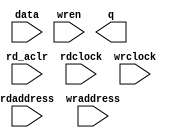
// megafunction wizard: %RAM: 2-PORT%VBB%
// GENERATION: STANDARD
// VERSION: WM1.0
// MODULE: altsyncram 

// ============================================================
// Megafunction Name(s):
// 			altsyncram
//
// Simulation Library Files(s):
// 			altera_mf
// ============================================================
// ************************************************************
// THIS IS A WIZARD-GENERATED FILE. DO NOT EDIT THIS FILE!
//
// 18.1.0 Build 625 09/12/2018 SJ Lite Edition
// ************************************************************

//Copyright (C) 2018  Intel Corporation. All rights reserved.
//Your use of Intel Corporation's design tools, logic functions 
//and other software and tools, and its AMPP partner logic 
//functions, and any output files from any of the foregoing 
//(including device programming or simulation files), and any 
//associated documentation or information are expressly subject 
//to the terms and conditions of the Intel Program License 
//Subscription Agreement, the Intel Quartus Prime License Agreement,
//the Intel FPGA IP License Agreement, or other applicable license
//agreement, including, without limitation, that your use is for
//the sole purpose of programming logic devices manufactured by
//Intel and sold by Intel or its authorized distributors.  Please
//refer to the applicable agreement for further details.

module ram (
	data,
	rd_aclr,
	rdaddress,
	rdclock,
	wraddress,
	wrclock,
	wren,
	q);

	input	[19:0]  data;
	input	  rd_aclr;
	input	[7:0]  rdaddress;
	input	  rdclock;
	input	[7:0]  wraddress;
	input	  wrclock;
	input	  wren;
	output	[19:0]  q;
`ifndef ALTERA_RESERVED_QIS
// synopsys translate_off
`endif
	tri0	  rd_aclr;
	tri1	  wrclock;
	tri0	  wren;
`ifndef ALTERA_RESERVED_QIS
// synopsys translate_on
`endif

endmodule

// ============================================================
// CNX file retrieval info
// ============================================================
// Retrieval info: PRIVATE: ADDRESSSTALL_A NUMERIC "0"
// Retrieval info: PRIVATE: ADDRESSSTALL_B NUMERIC "0"
// Retrieval info: PRIVATE: BYTEENA_ACLR_A NUMERIC "0"
// Retrieval info: PRIVATE: BYTEENA_ACLR_B NUMERIC "0"
// Retrieval info: PRIVATE: BYTE_ENABLE_A NUMERIC "0"
// Retrieval info: PRIVATE: BYTE_ENABLE_B NUMERIC "0"
// Retrieval info: PRIVATE: BYTE_SIZE NUMERIC "8"
// Retrieval info: PRIVATE: BlankMemory NUMERIC "1"
// Retrieval info: PRIVATE: CLOCK_ENABLE_INPUT_A NUMERIC "0"
// Retrieval info: PRIVATE: CLOCK_ENABLE_INPUT_B NUMERIC "0"
// Retrieval info: PRIVATE: CLOCK_ENABLE_OUTPUT_A NUMERIC "0"
// Retrieval info: PRIVATE: CLOCK_ENABLE_OUTPUT_B NUMERIC "0"
// Retrieval info: PRIVATE: CLRdata NUMERIC "0"
// Retrieval info: PRIVATE: CLRq NUMERIC "1"
// Retrieval info: PRIVATE: CLRrdaddress NUMERIC "1"
// Retrieval info: PRIVATE: CLRrren NUMERIC "0"
// Retrieval info: PRIVATE: CLRwraddress NUMERIC "0"
// Retrieval info: PRIVATE: CLRwren NUMERIC "0"
// Retrieval info: PRIVATE: Clock NUMERIC "1"
// Retrieval info: PRIVATE: Clock_A NUMERIC "0"
// Retrieval info: PRIVATE: Clock_B NUMERIC "0"
// Retrieval info: PRIVATE: IMPLEMENT_IN_LES NUMERIC "0"
// Retrieval info: PRIVATE: INDATA_ACLR_B NUMERIC "0"
// Retrieval info: PRIVATE: INDATA_REG_B NUMERIC "0"
// Retrieval info: PRIVATE: INIT_FILE_LAYOUT STRING "PORT_B"
// Retrieval info: PRIVATE: INIT_TO_SIM_X NUMERIC "0"
// Retrieval info: PRIVATE: INTENDED_DEVICE_FAMILY STRING "Cyclone IV E"
// Retrieval info: PRIVATE: JTAG_ENABLED NUMERIC "0"
// Retrieval info: PRIVATE: JTAG_ID STRING "NONE"
// Retrieval info: PRIVATE: MAXIMUM_DEPTH NUMERIC "0"
// Retrieval info: PRIVATE: MEMSIZE NUMERIC "5120"
// Retrieval info: PRIVATE: MEM_IN_BITS NUMERIC "0"
// Retrieval info: PRIVATE: MIFfilename STRING ""
// Retrieval info: PRIVATE: OPERATION_MODE NUMERIC "2"
// Retrieval info: PRIVATE: OUTDATA_ACLR_B NUMERIC "1"
// Retrieval info: PRIVATE: OUTDATA_REG_B NUMERIC "0"
// Retrieval info: PRIVATE: RAM_BLOCK_TYPE NUMERIC "0"
// Retrieval info: PRIVATE: READ_DURING_WRITE_MODE_MIXED_PORTS NUMERIC "2"
// Retrieval info: PRIVATE: READ_DURING_WRITE_MODE_PORT_A NUMERIC "3"
// Retrieval info: PRIVATE: READ_DURING_WRITE_MODE_PORT_B NUMERIC "3"
// Retrieval info: PRIVATE: REGdata NUMERIC "1"
// Retrieval info: PRIVATE: REGq NUMERIC "1"
// Retrieval info: PRIVATE: REGrdaddress NUMERIC "1"
// Retrieval info: PRIVATE: REGrren NUMERIC "1"
// Retrieval info: PRIVATE: REGwraddress NUMERIC "1"
// Retrieval info: PRIVATE: REGwren NUMERIC "1"
// Retrieval info: PRIVATE: SYNTH_WRAPPER_GEN_POSTFIX STRING "0"
// Retrieval info: PRIVATE: USE_DIFF_CLKEN NUMERIC "0"
// Retrieval info: PRIVATE: UseDPRAM NUMERIC "1"
// Retrieval info: PRIVATE: VarWidth NUMERIC "0"
// Retrieval info: PRIVATE: WIDTH_READ_A NUMERIC "20"
// Retrieval info: PRIVATE: WIDTH_READ_B NUMERIC "20"
// Retrieval info: PRIVATE: WIDTH_WRITE_A NUMERIC "20"
// Retrieval info: PRIVATE: WIDTH_WRITE_B NUMERIC "20"
// Retrieval info: PRIVATE: WRADDR_ACLR_B NUMERIC "0"
// Retrieval info: PRIVATE: WRADDR_REG_B NUMERIC "0"
// Retrieval info: PRIVATE: WRCTRL_ACLR_B NUMERIC "0"
// Retrieval info: PRIVATE: enable NUMERIC "0"
// Retrieval info: PRIVATE: rden NUMERIC "0"
// Retrieval info: LIBRARY: altera_mf altera_mf.altera_mf_components.all
// Retrieval info: CONSTANT: ADDRESS_ACLR_B STRING "CLEAR1"
// Retrieval info: CONSTANT: ADDRESS_REG_B STRING "CLOCK1"
// Retrieval info: CONSTANT: CLOCK_ENABLE_INPUT_A STRING "BYPASS"
// Retrieval info: CONSTANT: CLOCK_ENABLE_INPUT_B STRING "BYPASS"
// Retrieval info: CONSTANT: CLOCK_ENABLE_OUTPUT_B STRING "BYPASS"
// Retrieval info: CONSTANT: INTENDED_DEVICE_FAMILY STRING "Cyclone IV E"
// Retrieval info: CONSTANT: LPM_TYPE STRING "altsyncram"
// Retrieval info: CONSTANT: NUMWORDS_A NUMERIC "256"
// Retrieval info: CONSTANT: NUMWORDS_B NUMERIC "256"
// Retrieval info: CONSTANT: OPERATION_MODE STRING "DUAL_PORT"
// Retrieval info: CONSTANT: OUTDATA_ACLR_B STRING "CLEAR1"
// Retrieval info: CONSTANT: OUTDATA_REG_B STRING "UNREGISTERED"
// Retrieval info: CONSTANT: POWER_UP_UNINITIALIZED STRING "FALSE"
// Retrieval info: CONSTANT: WIDTHAD_A NUMERIC "8"
// Retrieval info: CONSTANT: WIDTHAD_B NUMERIC "8"
// Retrieval info: CONSTANT: WIDTH_A NUMERIC "20"
// Retrieval info: CONSTANT: WIDTH_B NUMERIC "20"
// Retrieval info: CONSTANT: WIDTH_BYTEENA_A NUMERIC "1"
// Retrieval info: USED_PORT: data 0 0 20 0 INPUT NODEFVAL "data[19..0]"
// Retrieval info: USED_PORT: q 0 0 20 0 OUTPUT NODEFVAL "q[19..0]"
// Retrieval info: USED_PORT: rd_aclr 0 0 0 0 INPUT GND "rd_aclr"
// Retrieval info: USED_PORT: rdaddress 0 0 8 0 INPUT NODEFVAL "rdaddress[7..0]"
// Retrieval info: USED_PORT: rdclock 0 0 0 0 INPUT NODEFVAL "rdclock"
// Retrieval info: USED_PORT: wraddress 0 0 8 0 INPUT NODEFVAL "wraddress[7..0]"
// Retrieval info: USED_PORT: wrclock 0 0 0 0 INPUT VCC "wrclock"
// Retrieval info: USED_PORT: wren 0 0 0 0 INPUT GND "wren"
// Retrieval info: CONNECT: @aclr1 0 0 0 0 rd_aclr 0 0 0 0
// Retrieval info: CONNECT: @address_a 0 0 8 0 wraddress 0 0 8 0
// Retrieval info: CONNECT: @address_b 0 0 8 0 rdaddress 0 0 8 0
// Retrieval info: CONNECT: @clock0 0 0 0 0 wrclock 0 0 0 0
// Retrieval info: CONNECT: @clock1 0 0 0 0 rdclock 0 0 0 0
// Retrieval info: CONNECT: @data_a 0 0 20 0 data 0 0 20 0
// Retrieval info: CONNECT: @wren_a 0 0 0 0 wren 0 0 0 0
// Retrieval info: CONNECT: q 0 0 20 0 @q_b 0 0 20 0
// Retrieval info: GEN_FILE: TYPE_NORMAL ram.v TRUE
// Retrieval info: GEN_FILE: TYPE_NORMAL ram.inc FALSE
// Retrieval info: GEN_FILE: TYPE_NORMAL ram.cmp FALSE
// Retrieval info: GEN_FILE: TYPE_NORMAL ram.bsf FALSE
// Retrieval info: GEN_FILE: TYPE_NORMAL ram_inst.v FALSE
// Retrieval info: GEN_FILE: TYPE_NORMAL ram_bb.v TRUE
// Retrieval info: LIB_FILE: altera_mf